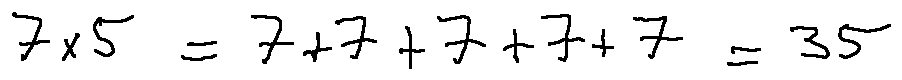
7 \times 5 = 7 + 7 + 7 + 7 + 7 = 3 5